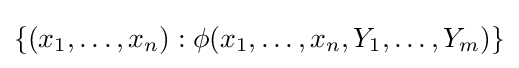
\{(x_{1},\dots ,x_{n}):\phi (x_{1},\dots ,x_{n},Y_{1},\dots ,Y_{m})\}